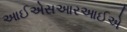
આઈએસઆરઆઈએ